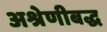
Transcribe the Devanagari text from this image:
अश्रेणीबद्ध